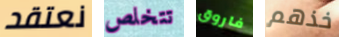
نعتقد تتخلص فاروق خذهم